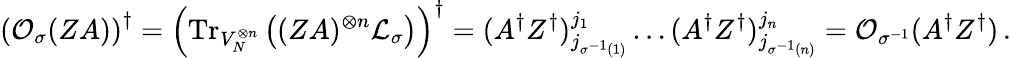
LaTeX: \left(\mathcal{O}_{\sigma}(ZA)\right)^{\dagger}=\left(\mathrm{Tr}_{V_{N}^{\otimes n}}\left((ZA)^{\otimes n}\mathcal{L}_{\sigma}\right)\right)^{\dagger}=(A^{\dagger}Z^{\dagger})_{j_{\sigma^{-1}(1)}}^{j_{1}}\dots(A^{\dagger}Z^{\dagger})_{j_{\sigma^{-1}(n)}}^{j_{n}}=\mathcal{O}_{\sigma^{-1}}(A^{\dagger}Z^{\dagger})\, .